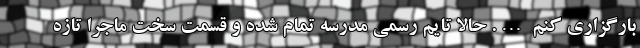
بارگزاری کنم …. حالا تایم رسمی مدرسه تمام شده و قسمت سخت ماجرا تازه